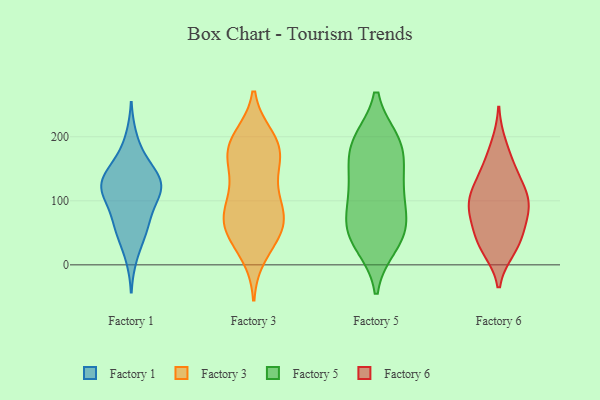
{"axis": {"x": "Bounce Rate (%)", "y": "Value"}, "legend": ["Factory 1", "Factory 3", "Factory 5", "Factory 6"], "data": [{"x": "", "y": 112, "type": "Factory 1"}, {"x": "", "y": 52, "type": "Factory 1"}, {"x": "", "y": 133, "type": "Factory 1"}, {"x": "", "y": 123, "type": "Factory 1"}, {"x": "", "y": 133, "type": "Factory 1"}, {"x": "", "y": 118, "type": "Factory 1"}, {"x": "", "y": 56, "type": "Factory 1"}, {"x": "", "y": 131, "type": "Factory 1"}, {"x": "", "y": 161, "type": "Factory 1"}, {"x": "", "y": 13, "type": "Factory 1"}, {"x": "", "y": 73, "type": "Factory 1"}, {"x": "", "y": 159, "type": "Factory 1"}, {"x": "", "y": 198, "type": "Factory 1"}, {"x": "", "y": 128, "type": "Factory 1"}, {"x": "", "y": 56, "type": "Factory 1"}, {"x": "", "y": 95, "type": "Factory 1"}, {"x": "", "y": 106, "type": "Factory 1"}, {"x": "", "y": 187, "type": "Factory 3"}, {"x": "", "y": 43, "type": "Factory 3"}, {"x": "", "y": 188, "type": "Factory 3"}, {"x": "", "y": 118, "type": "Factory 3"}, {"x": "", "y": 75, "type": "Factory 3"}, {"x": "", "y": 81, "type": "Factory 3"}, {"x": "", "y": 151, "type": "Factory 3"}, {"x": "", "y": 158, "type": "Factory 3"}, {"x": "", "y": 109, "type": "Factory 3"}, {"x": "", "y": 198, "type": "Factory 3"}, {"x": "", "y": 63, "type": "Factory 3"}, {"x": "", "y": 180, "type": "Factory 3"}, {"x": "", "y": 183, "type": "Factory 3"}, {"x": "", "y": 46, "type": "Factory 3"}, {"x": "", "y": 70, "type": "Factory 3"}, {"x": "", "y": 73, "type": "Factory 3"}, {"x": "", "y": 17, "type": "Factory 3"}, {"x": "", "y": 127, "type": "Factory 5"}, {"x": "", "y": 70, "type": "Factory 5"}, {"x": "", "y": 31, "type": "Factory 5"}, {"x": "", "y": 76, "type": "Factory 5"}, {"x": "", "y": 193, "type": "Factory 5"}, {"x": "", "y": 124, "type": "Factory 5"}, {"x": "", "y": 111, "type": "Factory 5"}, {"x": "", "y": 180, "type": "Factory 5"}, {"x": "", "y": 51, "type": "Factory 5"}, {"x": "", "y": 35, "type": "Factory 5"}, {"x": "", "y": 155, "type": "Factory 5"}, {"x": "", "y": 193, "type": "Factory 5"}, {"x": "", "y": 58, "type": "Factory 5"}, {"x": "", "y": 191, "type": "Factory 5"}, {"x": "", "y": 100, "type": "Factory 6"}, {"x": "", "y": 35, "type": "Factory 6"}, {"x": "", "y": 145, "type": "Factory 6"}, {"x": "", "y": 108, "type": "Factory 6"}, {"x": "", "y": 128, "type": "Factory 6"}, {"x": "", "y": 79, "type": "Factory 6"}, {"x": "", "y": 187, "type": "Factory 6"}, {"x": "", "y": 105, "type": "Factory 6"}, {"x": "", "y": 44, "type": "Factory 6"}, {"x": "", "y": 80, "type": "Factory 6"}, {"x": "", "y": 25, "type": "Factory 6"}, {"x": "", "y": 67, "type": "Factory 6"}, {"x": "", "y": 28, "type": "Factory 6"}, {"x": "", "y": 99, "type": "Factory 6"}, {"x": "", "y": 157, "type": "Factory 6"}]}